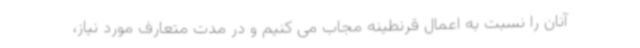
آنان را نسبت به اعمال قرنطینه مجاب می کنیم و در مدت متعارف مورد نیاز،